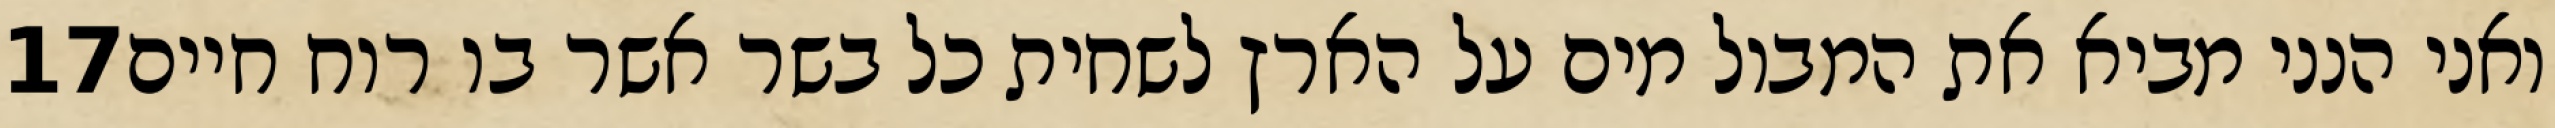
‎17‏ ואני הנני מביא את המבול מים על הארץ לשחית כל בשר אשר בו רוח חיים